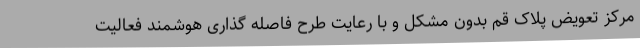
مرکز تعویض پلاک قم بدون مشکل و با رعایت طرح فاصله گذاری هوشمند فعالیت